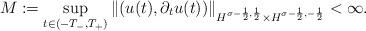
LaTeX: \begin{align*} M := \sup_{t \in (-T_-,T_+)} \|(u(t),\partial_t u(t))\|_{H^{\sigma-\frac{1}{2}, \frac{1}{2}}\times H^{\sigma-\frac{1}{2},-\frac{1}{2}}} < \infty.\end{align*}